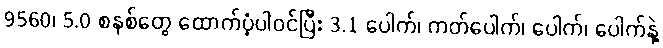
9560၊ 5.0 စနစ်တွေ ထောက်ပံ့ပါ၀င်ပြီး 3.1 ပေါက်၊ ကတ်ပေါက်၊ ပေါက်၊ ပေါက်နဲ့